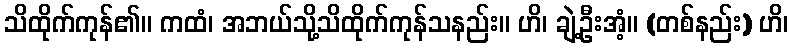
သိထိုက်ကုန်၏။ ကထံ၊ အဘယ်သို့သိထိုက်ကုန်သနည်း။ ဟိ၊ ချဲ့ဦးအံ့။ (တစ်နည်း) ဟိ၊